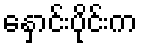
နှောင်းပိုင်းက